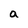
Character: a